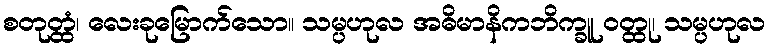
စတုတ္ထံ၊ လေးခုမြောက်သော။ သမ္ပဟုလ အဓိမာနိကဘိက္ခူ ဝတ္ထု၊ သမ္ပဟုလ